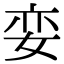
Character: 娈